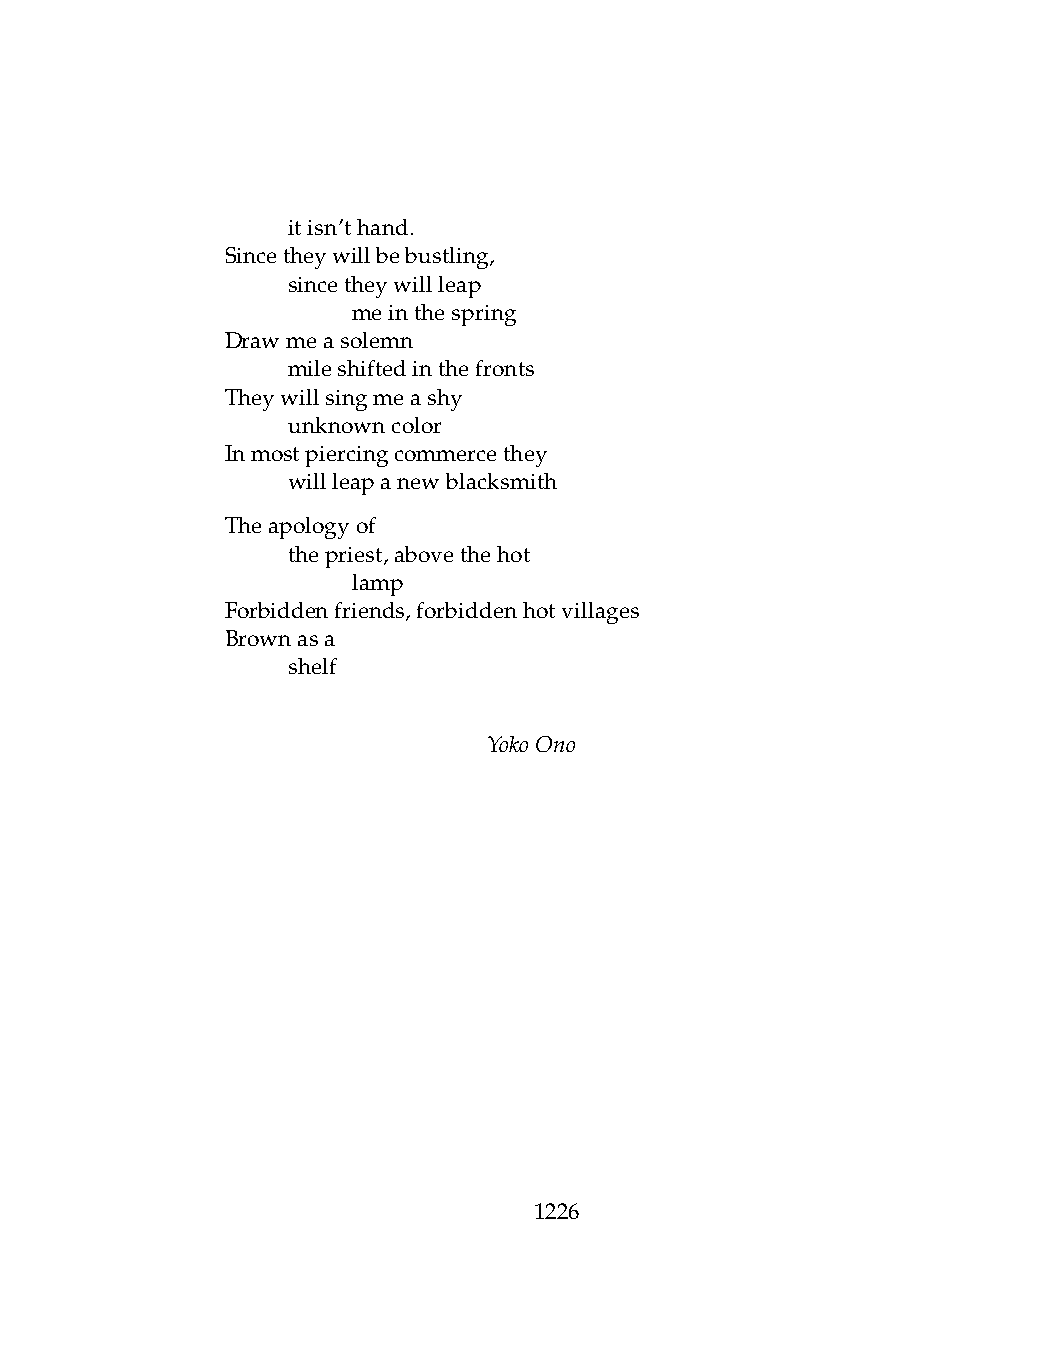
.   itisn’thand.
 Sincetheywillbebustling,
 .   sincetheywillleap
 .   .   meinthespring
 Drawmeasolemn
 .   mileshiftedinthefronts
 Theywillsingmeashy
 .   unknowncolor
 Inmostpiercingcommercethey
 .   willleapanewblacksmith
 Theapologyof
 .   thepriest,abovethehot
 .   .   lamp
 Forbiddenfriends,forbiddenhotvillages
 Brownasa
 .   shelf
 YokoOno
 1226